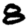
Digit: 8